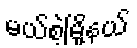
မယ်စဲ့မြို့နယ်